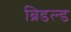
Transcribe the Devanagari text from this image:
ब्रिडल्ड